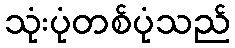
သုံးပုံတစ်ပုံသည်